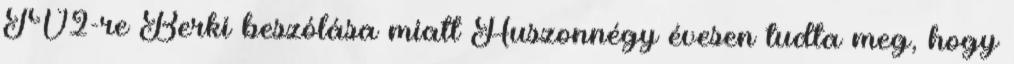
TV2-re Berki beszólása miatt Huszonnégy évesen tudta meg, hogy